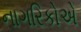
નાગરિકોએ